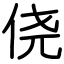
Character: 侥